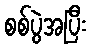
စစ်ပွဲအပြီး